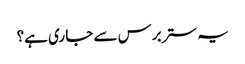
یہ ستر برس سے جا ری ہے؟